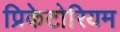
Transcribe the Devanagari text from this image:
प्रिकेटोरियम